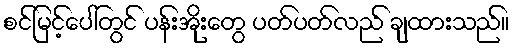
စင်မြင့်ပေါ်တွင် ပန်းအိုးတွေ ပတ်ပတ်လည် ချထားသည်။